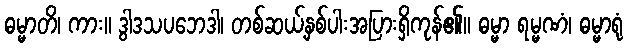
ဓမ္မာတိ၊ ကား။ ဒွါဒသပဘေဒါ၊ တစ်ဆယ့်နှစ်ပါးအပြားရှိကုန်၏။ ဓမ္မာ ရမ္မဏံ၊ ဓမ္မာရုံ